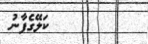
ކަލޭގެފާނު